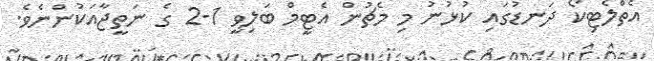
އެތްލެޓިކޯ ދަނޑުގައި ކުޅުނު މި މެޗުން އެޓީމް ބަލިވީ 1-2 ގެ ނަތީޖާއަކުންނެވެ.